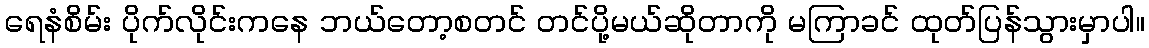
ရေနံစိမ်း ပိုက်လိုင်းကနေ ဘယ်တော့စတင် တင်ပို့မယ်ဆိုတာကို မကြာခင် ထုတ်ပြန်သွားမှာပါ။